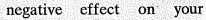
negative effect on yourself